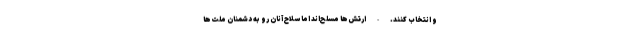
و انتخاب کنند. - ارتش‌ها مسلح‌اند اما سلاح آنان رو به دشمنان ملت‌ها